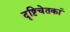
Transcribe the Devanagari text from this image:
दृष्टिचेतकां